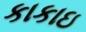
કાકાઇ